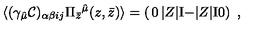
\langle ( \gamma _ { \hat { \mu } } { \cal C } ) _ { \alpha \beta i j } \Pi _ { \bar { z } } { } ^ { \hat { \mu } } ( z , \bar { z } ) \rangle = \left( \begin{matrix} { 0 } & { | Z | \mathrm { I } } \\ { - | Z | \mathrm { I } } & { 0 } \\ \end{matrix} \right) \ ,